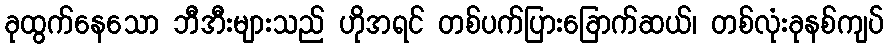
ခုထွက်နေသော ဘီအီးများသည် ဟိုအရင် တစ်ပက်ပြားခြောက်ဆယ်၊ တစ်လုံးခုနစ်ကျပ်